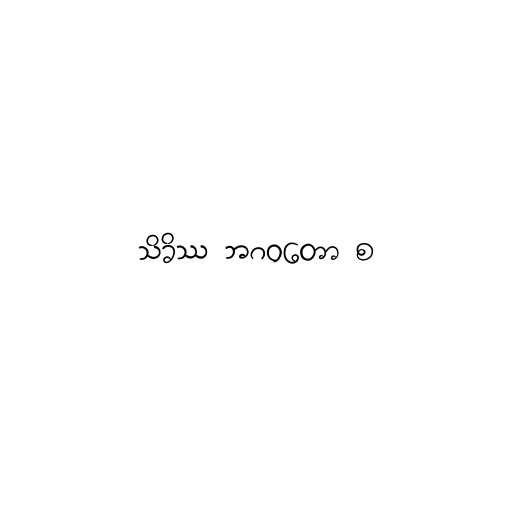
သိခိဿ ဘဂဝတော စ